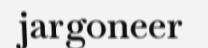
jargoneer